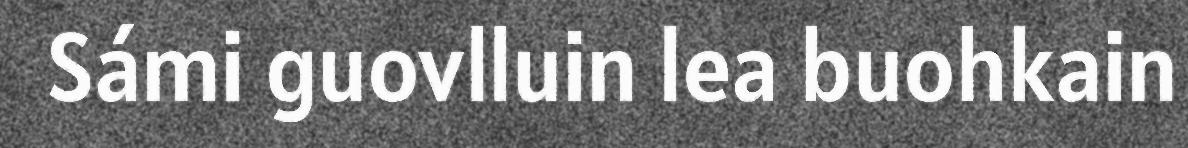
Sámi guovlluin lea buohkain